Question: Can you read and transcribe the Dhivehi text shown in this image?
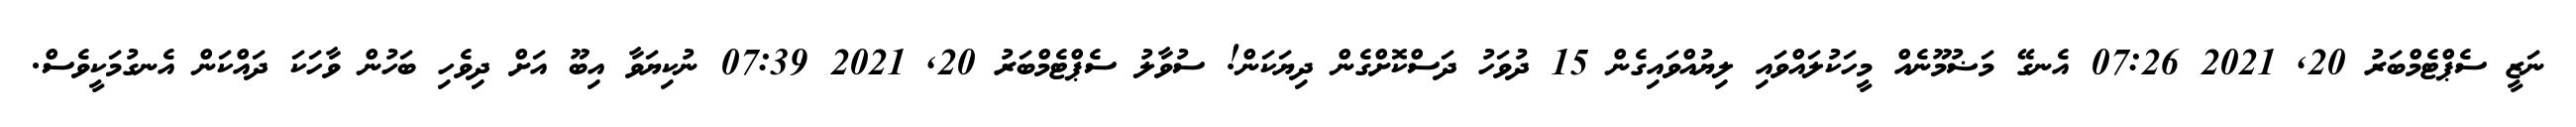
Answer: ނަޒީ ސެޕްޓެމްބަރު 20, 2021 07:26 އެނގޭ މަޟުމޫނެއް މީހަކުލައްވައި ލިޔުއްވައިގެން 15 ދުވަހު ދަސްކޮށްގެން ދިޔަކަން! ސުވާލު ސެޕްޓެމްބަރު 20, 2021 07:39 ނުކިޔަވާ އިބޫ އަށް ދިވެހި ބަހުން ވާހަކަ ދައްކަން އެނގުމަކީވެސް.